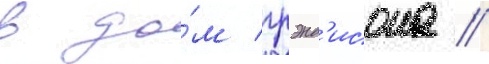
в до́м грэнд'исона //